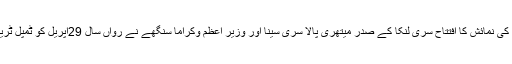
مقدس نوادرات کی نمائش کا افتتاح سری لنکا کے صدر میتھری پالا سری سینا اور وزیر اعظم وکراما سنگھے نے رواں سال 29اپریل کو ٹمپل ٹریس میں کیا تھا۔